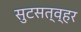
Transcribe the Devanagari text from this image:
सुटसत्व्हर